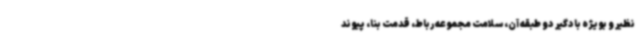
نظیر و بویژه بادگیر دو طبقه آن، سلامت مجموعه رباط، قدمت بنا، پیوند